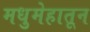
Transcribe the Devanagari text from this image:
मधुमेहातून